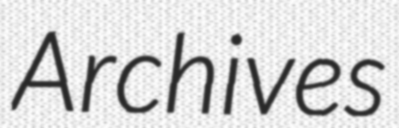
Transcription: Archives